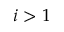
i > 1